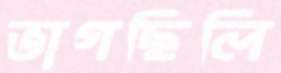
ভাগছিলি